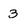
Character: 3